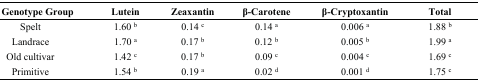
| Genotype Group | Lutein | Zeaxantin | β-Carotene | β-Cryptoxantin | Total |
 | --- | --- | --- | --- | --- | --- |
 | Spelt | 1.60 b | 0.14 c | 0.14 a | 0.006 a | 1.88 b |
 | Landrace | 1.70 a | 0.17 b | 0.12 b | 0.005 b | 1.99 a |
 | Old cultivar | 1.42 c | 0.17 b | 0.09 c | 0.004 c | 1.69 c |
 | Primitive | 1.54 b | 0.19 a | 0.02 d | 0.001 d | 1.75 c |